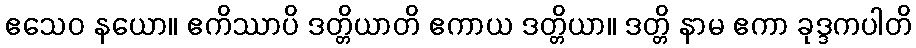
ဧသေဝ နယော။ ဧကိဿာပိ ဒတ္တိယာတိ ဧကာယ ဒတ္တိယာ။ ဒတ္တိ နာမ ဧကာ ခုဒ္ဒကပါတိ